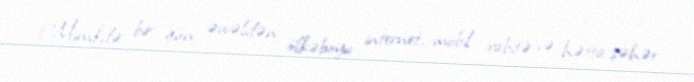
Minskdə bir gün əvvəldən ölkəboyu internet, mobil rabitə və hətta şəhər